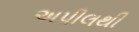
અપીલથી